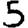
Digit: 5